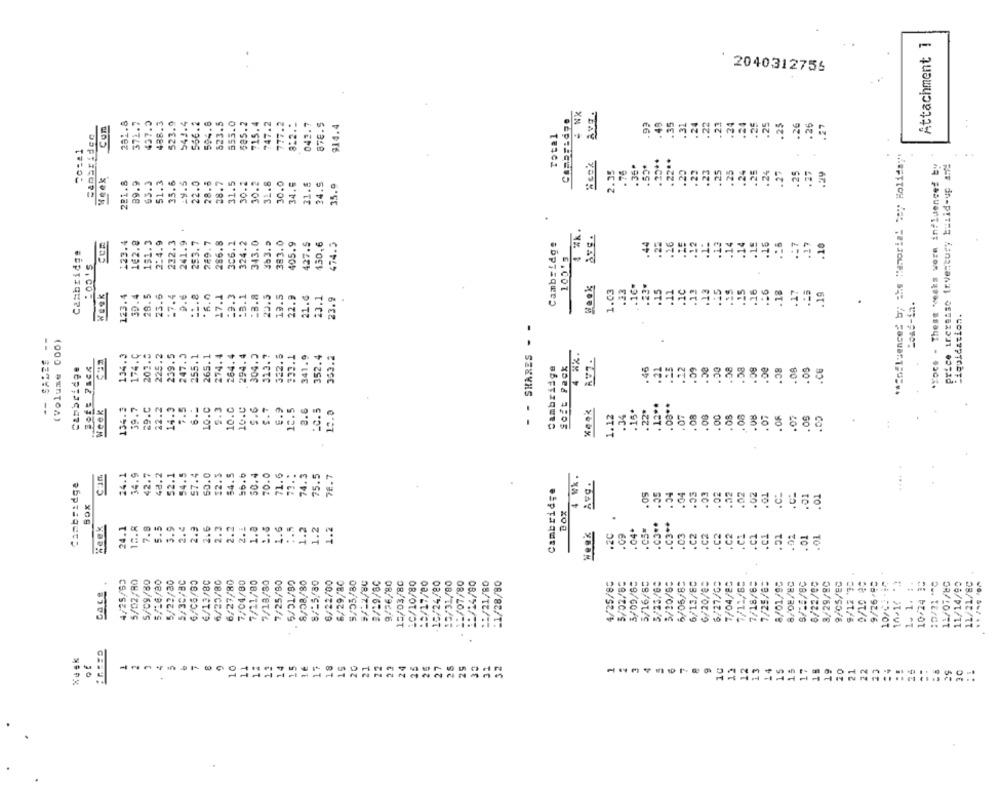
Attachment ]
2040312755
- NX
Cum
281.8
372.7
437.5
438.3
523.9
544.4
556. 2
653.0
585.2
715.4
747.2
777.2
8:2.2
042.7
$14.4
.99
.49
.35
.31
Total
:
** Sofluences by the "morin! My Holiday'
.35*
.25 **
.22 **
*Foce . These weeks were influenced by
price increase trventury busid-up 4
2.35
.25
22
.23
.25
week
221.8
89.9
34.
15.9
162.8
151.3
2:4.9
232.3
241.9
253.7
289.7
286.8
3C6.1
324.2
343.0
383.0
474.3
Cambridge
44
.25
.26
.12
.13
.14
.14
Cambridge
123.
10013
Week
23*
WEEK
:3.1
.23
.15
.11
.13
.45
.15
.15
123.4
20.5
:3.8
23.2
19.5
21.6
13.1
23.9
20AS-12.
Liquidation.
- - SHARES - -
-- SALES --
(Volume 000)
294.4
304.2
313.7
23.1
341.9
353.2
AV1.
.21
Cambridge
Cambridge
Soit Pack
.46
.12
.09
.00
.08
.08
.08
.08
.08
.0S
.CE
8C*
Week
39.7
29.C
22.2
14.3
7.5
10.0
2.3
10.0
S.6
12.5
2.6
2C.9
12.0
Konk
.15*
.22*
.12 **
.00 **
.07
.08
1.12
.34
.08
.08
. 08
.07
.OF
.07
.05
42.7
44.2
52.1
57.4
12.3
54.5
50.4
70.0
71.6
73 .:
74.3
75.5
Cambridge
24.1
=4.5
C
76.7
Wesk AvC.
Cambridge
.OS
1.05
.04
.04
.33
.02
.02
.02
.02
.01
.C:
.01
01
BOX
BOX
Beek
24.1
12.8
7.8
3.9
2.4
2.2
2.6
2.3
2.2
2.4
1.6
1.2
1.2
.04+
.C2
1.2
.20
.09
.03
.C2
.C2
.C2
.C1
.cz
.€1
.31
.92
.01
.01
4/25/63
5/02/80
5/09/80
5/16/80
5/22/30
5/30/80
6/06/80
6/13/80
6/23/80
6/27/80
7/04/80
7/11/80
7/18/80
7/25/80
5/01/50
8/08/80
5/25/80
6/22/00
6/29/80
5/55/80
3/19/80
9/76/80
15/03/80
10/10/80
== /17/00
-18/24/80
15/31/80
-- /07/80
12/14/80
:* /21/80
-1/28/80
4/25/80
5/02/85
3/09/83
5/16/85
5/23/6:
3/10/65
6/05/60
6/13/80
6/20/8:
6/27/00
7/04/ES
7/11/85
7/18/85
7/25/8:
8/01/98
8/0E/8C
S/10/60
8/22/00
3/29/80
9/05/EC
9/12 '70
0/10 20
9/26/95
10/03 -1℃
10/24 1%
10/21 10℃
11/07/80
11/14/92
11/21/80
Cats
.
10
12
3
==